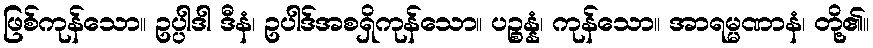
ဖြစ်ကုန်သော။ ဥပ္ပါဒါ ဒီနံ၊ ဥပါဒ်အစရှိကုန်သော။ ပဉ္စန္နံ၊ ကုန်သော။ အာရမ္မဏာနံ၊ တို့၏။